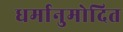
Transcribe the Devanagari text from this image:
धर्मानुमोदित